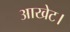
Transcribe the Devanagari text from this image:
आखेट।